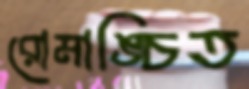
রোমাঙ্চিত